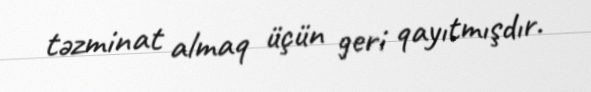
təzminat almaq üçün geri qayıtmışdır.